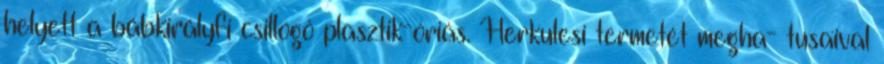
helyett a bábkirályfi csillogó plasztik-óriás. Herkulesi termetét megha- tusaival